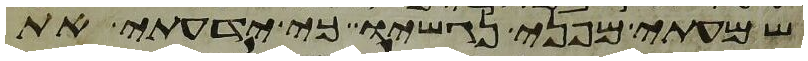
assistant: שמעתי מפני נגשיו כי ידעתי את